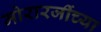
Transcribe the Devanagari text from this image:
मोरारजींच्या